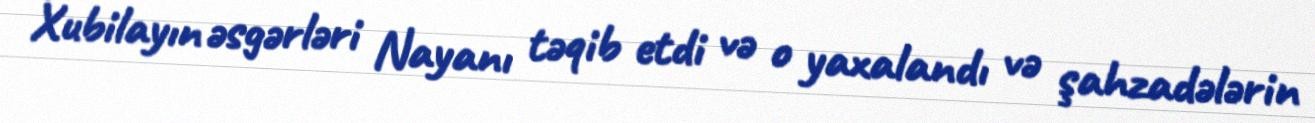
Xubilayın əsgərləri Nayanı təqib etdi və o yaxalandı və şahzadələrin